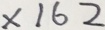
\times 1 6 2